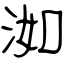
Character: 洳